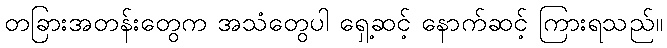
တခြားအတန်းတွေက အသံတွေပါ ရှေ့ဆင့် နောက်ဆင့် ကြားရသည်။